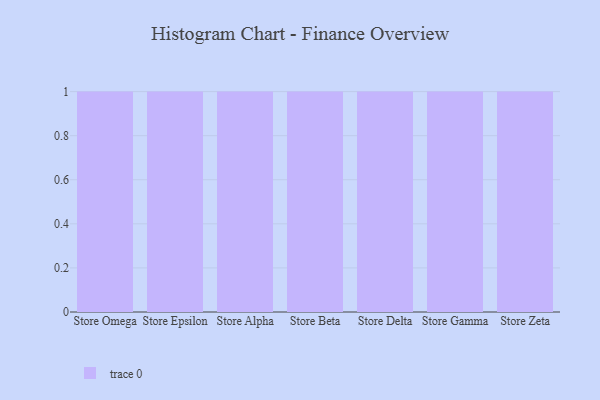
{"axis": {"x": "Store", "y": "Active Users"}, "legend": [""], "data": [{"x": "Store Omega", "y": 16, "type": ""}, {"x": "Store Epsilon", "y": 46, "type": ""}, {"x": "Store Alpha", "y": 8, "type": ""}, {"x": "Store Beta", "y": 31, "type": ""}, {"x": "Store Delta", "y": 87, "type": ""}, {"x": "Store Gamma", "y": 39, "type": ""}, {"x": "Store Zeta", "y": 91, "type": ""}]}